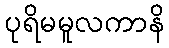
ပုရိမမူလကာနိ